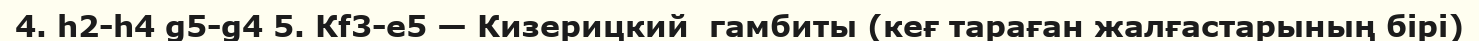
4. h2-h4 g5-g4 5. Кf3-e5 — Кизерицкий  гамбиты (кеғ тараған жалғастарының бірі)